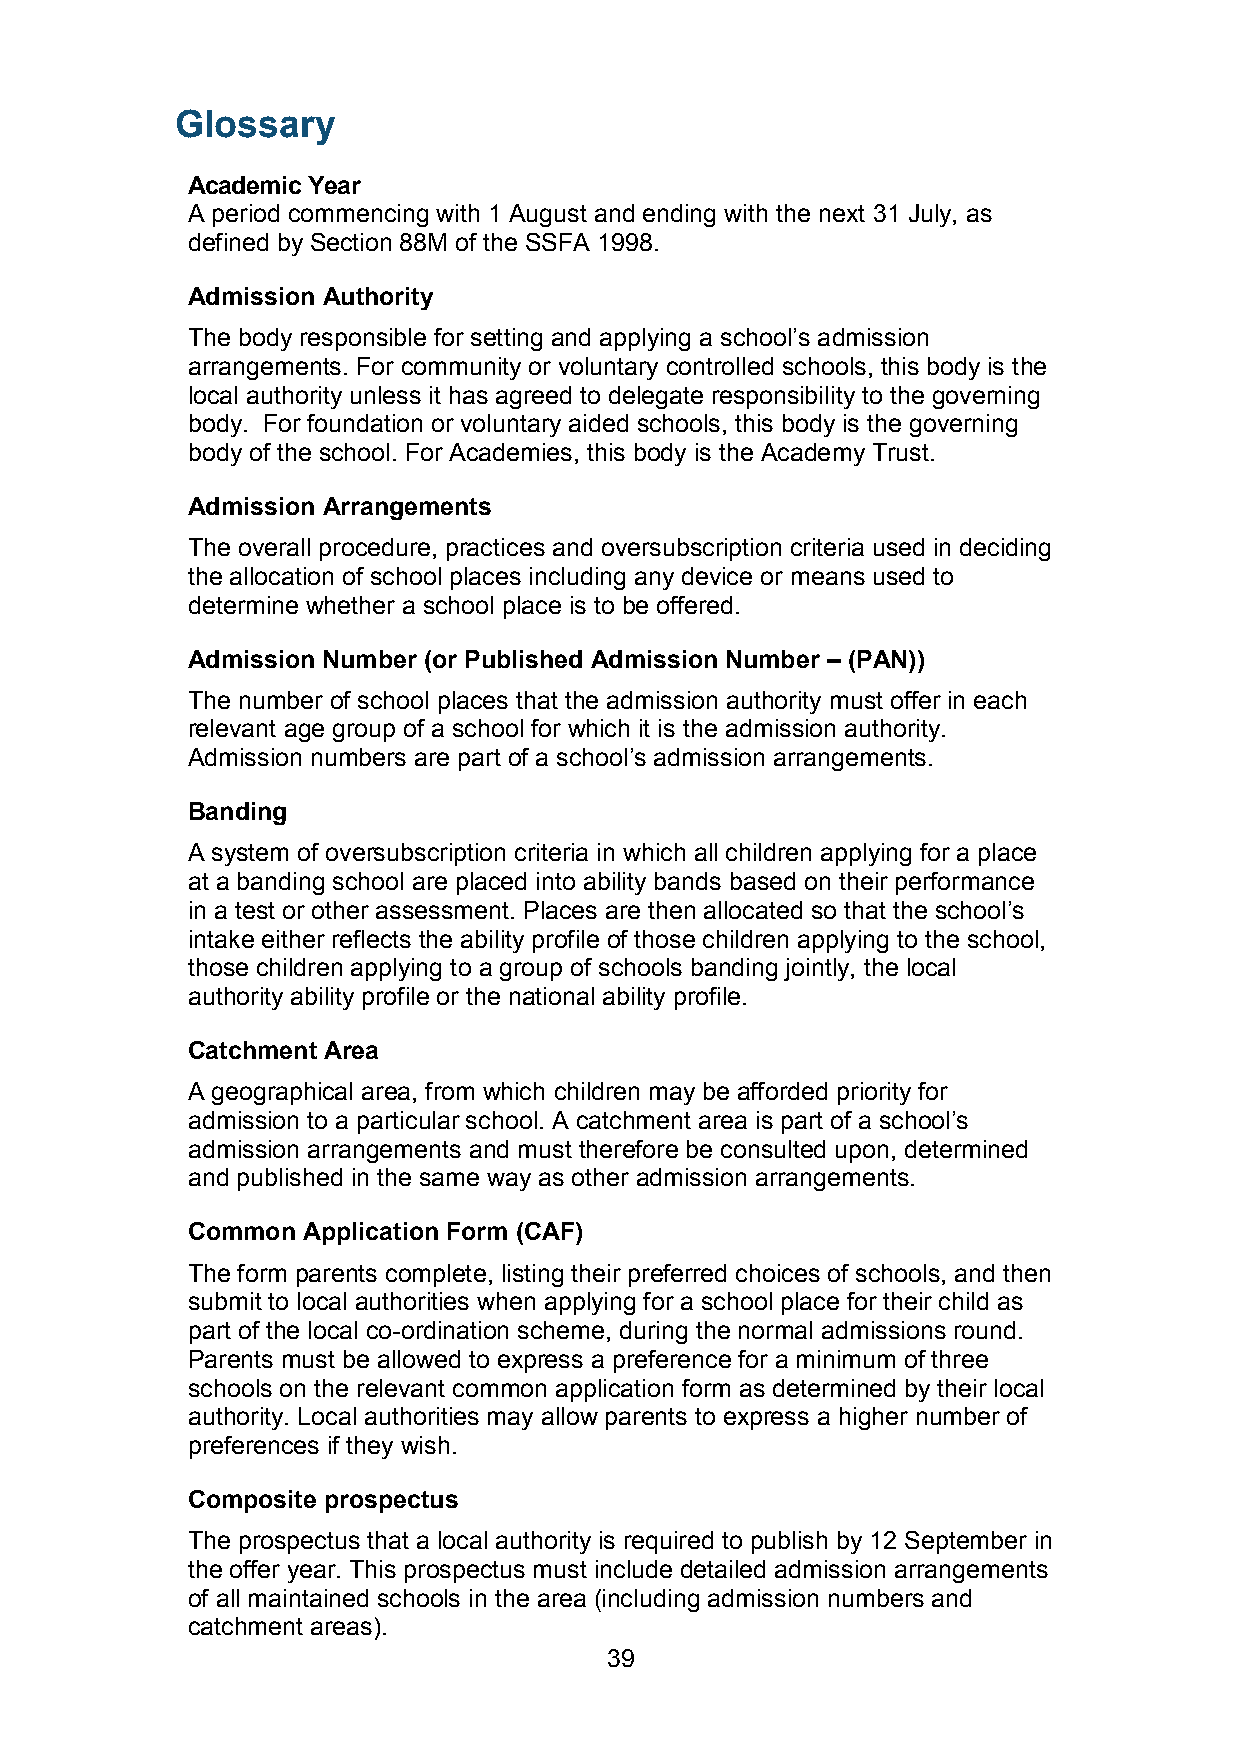
Glossary
 Academic Year
 A period commencing with 1 August and ending with the next 31 July, as
 defined by Section 88M of the SSFA 1998.
 Admission Authority
 The body responsible for setting and applying a school’s admission
 arrangements. For community or voluntary controlled schools, this body is the
 local authority unless it has agreed to delegate responsibility to the governing
 body. For foundation or voluntary aided schools, this body is the governing
 body of the school. For Academies, this body is the Academy Trust.
 Admission Arrangements
 The overall procedure, practices and oversubscription criteria used in deciding
 the allocation of school places including any device or means used to
 determine whether a school place is to be offered.
 Admission Number (or Published Admission Number – (PAN))
 The number of school places that the admission authority must offer in each
 relevant age group of a school for which it is the admission authority.
 Admission numbers are part of a school’s admission arrangements.
 Banding
 A system of oversubscription criteria in which all children applying for a place
 at a banding school are placed into ability bands based on their performance
 in a test or other assessment. Places are then allocated so that the school’s
 intake either reflects the ability profile of those children applying to the school,
 those children applying to a group of schools banding jointly, the local
 authority ability profile or the national ability profile.
 Catchment Area
 A geographical area, from which children may be afforded priority for
 admission to a particular school. A catchment area is part of a school’s
 admission arrangements and must therefore be consulted upon, determined
 and published in the same way as other admission arrangements.
 Common  Application Form (CAF)
 The form parents complete, listing their preferred choices of schools, and then
 submit to local authorities when applying for a school place for their child as
 part of the local co-ordination scheme, during the normal admissions round.
 Parents must be allowed to express a preference for a minimum of three
 schools on the relevant common application form as determined by their local
 authority. Local authorities may allow parents to express a higher number of
 preferences if they wish.
 Composite prospectus
 The prospectus that a local authority is required to publish by 12 September in
 the offer year. This prospectus must include detailed admission arrangements
 of all maintained schools in the area (including admission numbers and
 catchment areas).
 39